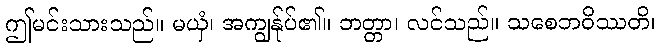
ဤမင်းသားသည်။ မယှံ၊ အကျွန်ုပ်၏။ ဘတ္တာ၊ လင်သည်။ သစေဘဝိဿတိ၊